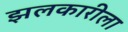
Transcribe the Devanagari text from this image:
झलकारीला